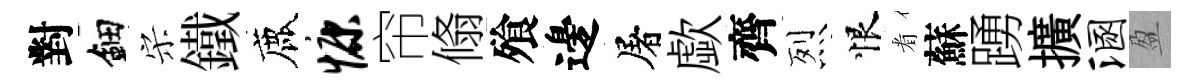
對鈿宋鐵鹿慷帘翛飱邊屠歔齊烈恨㸔蘇踴擴溷盈